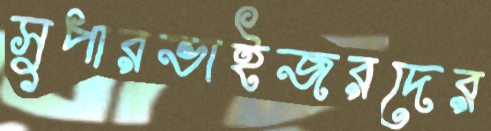
সুপারভাইজরদের